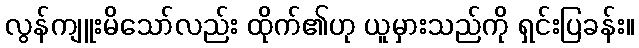
လွန်ကျူးမိသော်လည်း ထိုက်၏ဟု ယူမှားသည်ကို ရှင်းပြခန်း။